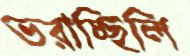
ভরাচ্ছিলি